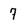
Character: 7